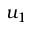
u _ { 1 }